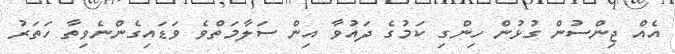
އެއް ޖިންސުން ގުޅުން ހިންގި ކަމުގެ ދައުވާ އިން ސަލާމަތްވެ ވަޑައިގެންނެވިތާ ހަތަރު